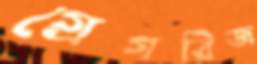
গ্রেগরিজ